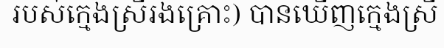
របស់ក្មេងស្រីរងគ្រោះ) បានឃើញក្មេងស្រី